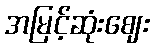
အမြင့်ဆုံးဈေး